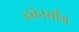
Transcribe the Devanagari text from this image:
हवेनसाँग